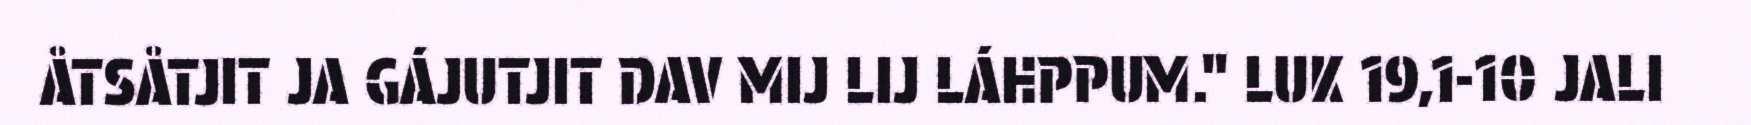
ÅTSÅTJIT JA GÁJUTJIT DAV MIJ LIJ LÁHPPUM." LUK 19,1-10 JALI